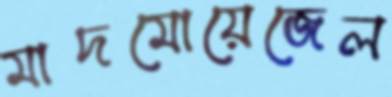
মাদমোয়েজেল